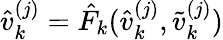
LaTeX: \hat{v}_{k}^{(j)}=\hat{F}_{k}(\hat{v}_{k}^{(j)},\tilde{v}_{k}^{(j)})